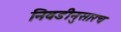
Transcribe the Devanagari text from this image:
निवडीनुसारच